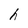
Character: h